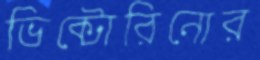
ভিক্টোরিনোর